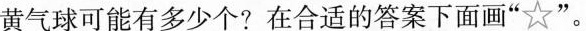
黄气球可能有多少个?在合适的答案下面画“☆”。